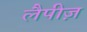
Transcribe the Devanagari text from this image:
लैपीज़